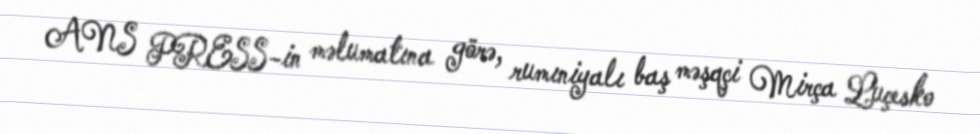
ANS PRESS-in məlumatına görə, rumıniyalı baş məşqçi Mirça Luçesko